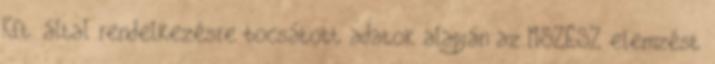
Kft. által rendelkezésre bocsátott adatok alapján az MSZÉSZ elemzést